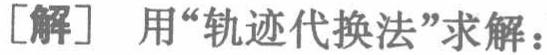
[解] 用“轨迹代换法”求解：